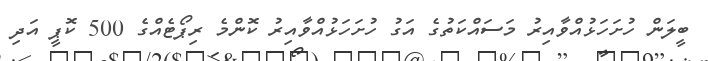
ބީލަން ހުށަހަޅުއްވާއިރު މަސައްކަތުގެ އަގު ހުށަހަޅުއްވާއިރު ކޮންމެ ރިޕޯޓެއްގެ 500 ކޮޕީ އަދި